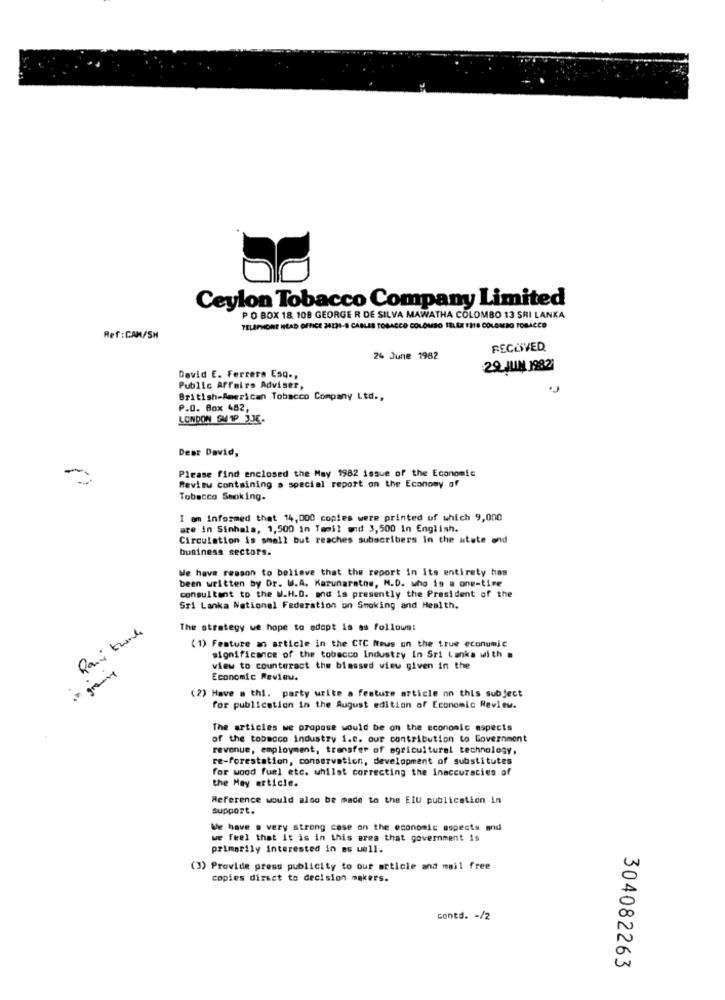
Ceylon Tobacco Company Limited
P O BOX 18. 108 GEORGE R DE SILVA MAWATHA COLOMBO 13 SRI LANKA
TELEPHONE HEAD OFFICE 34231-8 CABLES TOBACCO COLOMBO TIL ET 1318 COLOMBO TOBACCO
Ref:CAM/SH
RECOVED
24 June 1962
29 JUIN 1982)
David E. Ferrera Esq .,
Public Affairs Adviser,
British-American Tobacco Company Ltd .,
P.O. Box 482,
LONDON SMTP JE.
Dear David,
Please find enclosed the May 1982 issue of the Economic
Review Containing a special report on the Economy of
Tobacco Smoking.
I am informed that 14,000 copies were printed of which 9,000
are in Sinhala, 1,500 in Tamil and 3,500 in English.
Circulation is small but reaches subscribers In the state and
business sectors.
We have reason to believe that the report in its entirety has
been written by Dr. W.A. Karunaratne, N.D. who is a one-time
consultant to the W.H.D. and is presently the President of the
Sri Lanka National Federation on Smoking and Health.
The strategy we hope to adopt Is as follows:
(1) Feature an article in the CTC Neus on the true economic
significance of the tobacco Industry In Sri Lanka with .
- great
view to counteract the bisssed view given in the
Economic Review.
Have a thi. party write a feature article on this subject
for publication in the August edition of Economic Review.
The articles we propose would be on the economic aspects
of the tobacco industry 1.e. our contribution to Government
revenue, employment, transfer of agricultural technology,
re-forestation, conservation, development of substitutes
for wood fuel etc. whilst correcting the inaccuracies of
the May article.
Reference would also be made to the Elu publication in
support.
We have . very strong cose on the economic aspects and
we feel that it is in this area that government is
primarily interested in as well.
(3) Provide press publicity to our article and mail free
copies direct to decision makers.
conto. - /2
304082263